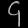
Digit: ၄